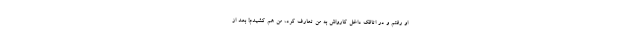
او رفتم و در اتاقک داخل کارواش به من تعارف کرد، من هم کشیدم! بعد از